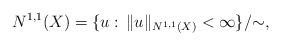
\begin{align*}N^{1,1}(X)=\{u:\,\|u\|_{N^{1,1}(X)}<\infty\}/{\sim},\end{align*}